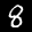
Label: 8